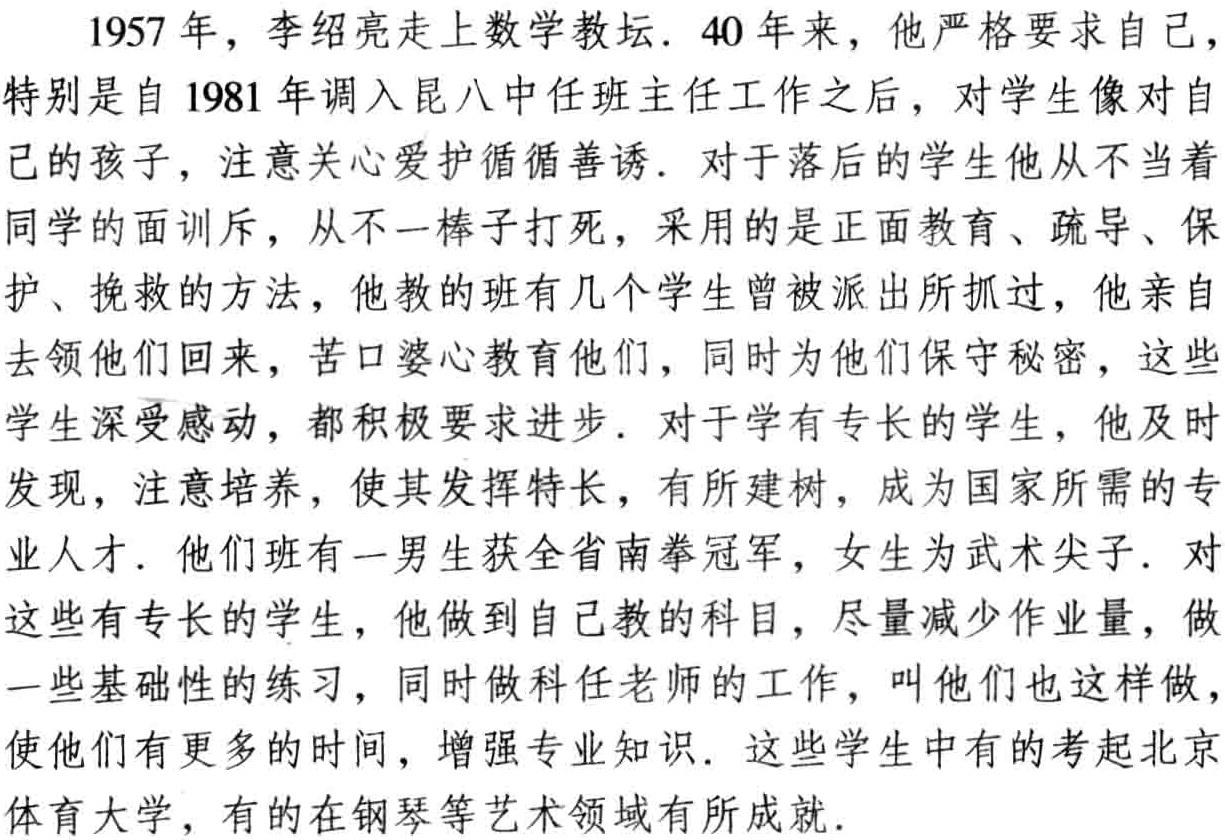
1957 年，李绍亮走上数学教坛. 40 年来，他严格要求自己，特别是自 1981 年调入昆八中任班主任工作之后，对学生像对自己的孩子，注意关心爱护循循善诱. 对于落后的学生他从不当着同学的面训斥，从不一棒子打死，采用的是正面教育、疏导、保护、挽救的方法，他教的班有几个学生曾被派出所抓过，他亲自去领他们回来，苦口婆心教育他们，同时为他们保守秘密，这些学生深受感动，都积极要求进步. 对于学有专长的学生，他及时发现，注意培养，使其发挥特长，有所建树，成为国家所需的专业人才. 他们班有一男生获全省南拳冠军，女生为武术尖子. 对这些有专长的学生，他做到自己教的科目，尽量减少作业量，做一些基础性的练习，同时做科任老师的工作，叫他们也这样做，使他们有更多的时间，增强专业知识. 这些学生中有的考起北京体育大学，有的在钢琴等艺术领域有所成就.